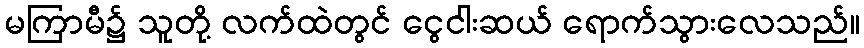
မကြာမီ၌ သူတို့ လက်ထဲတွင် ငွေငါးဆယ် ရောက်သွားလေသည်။